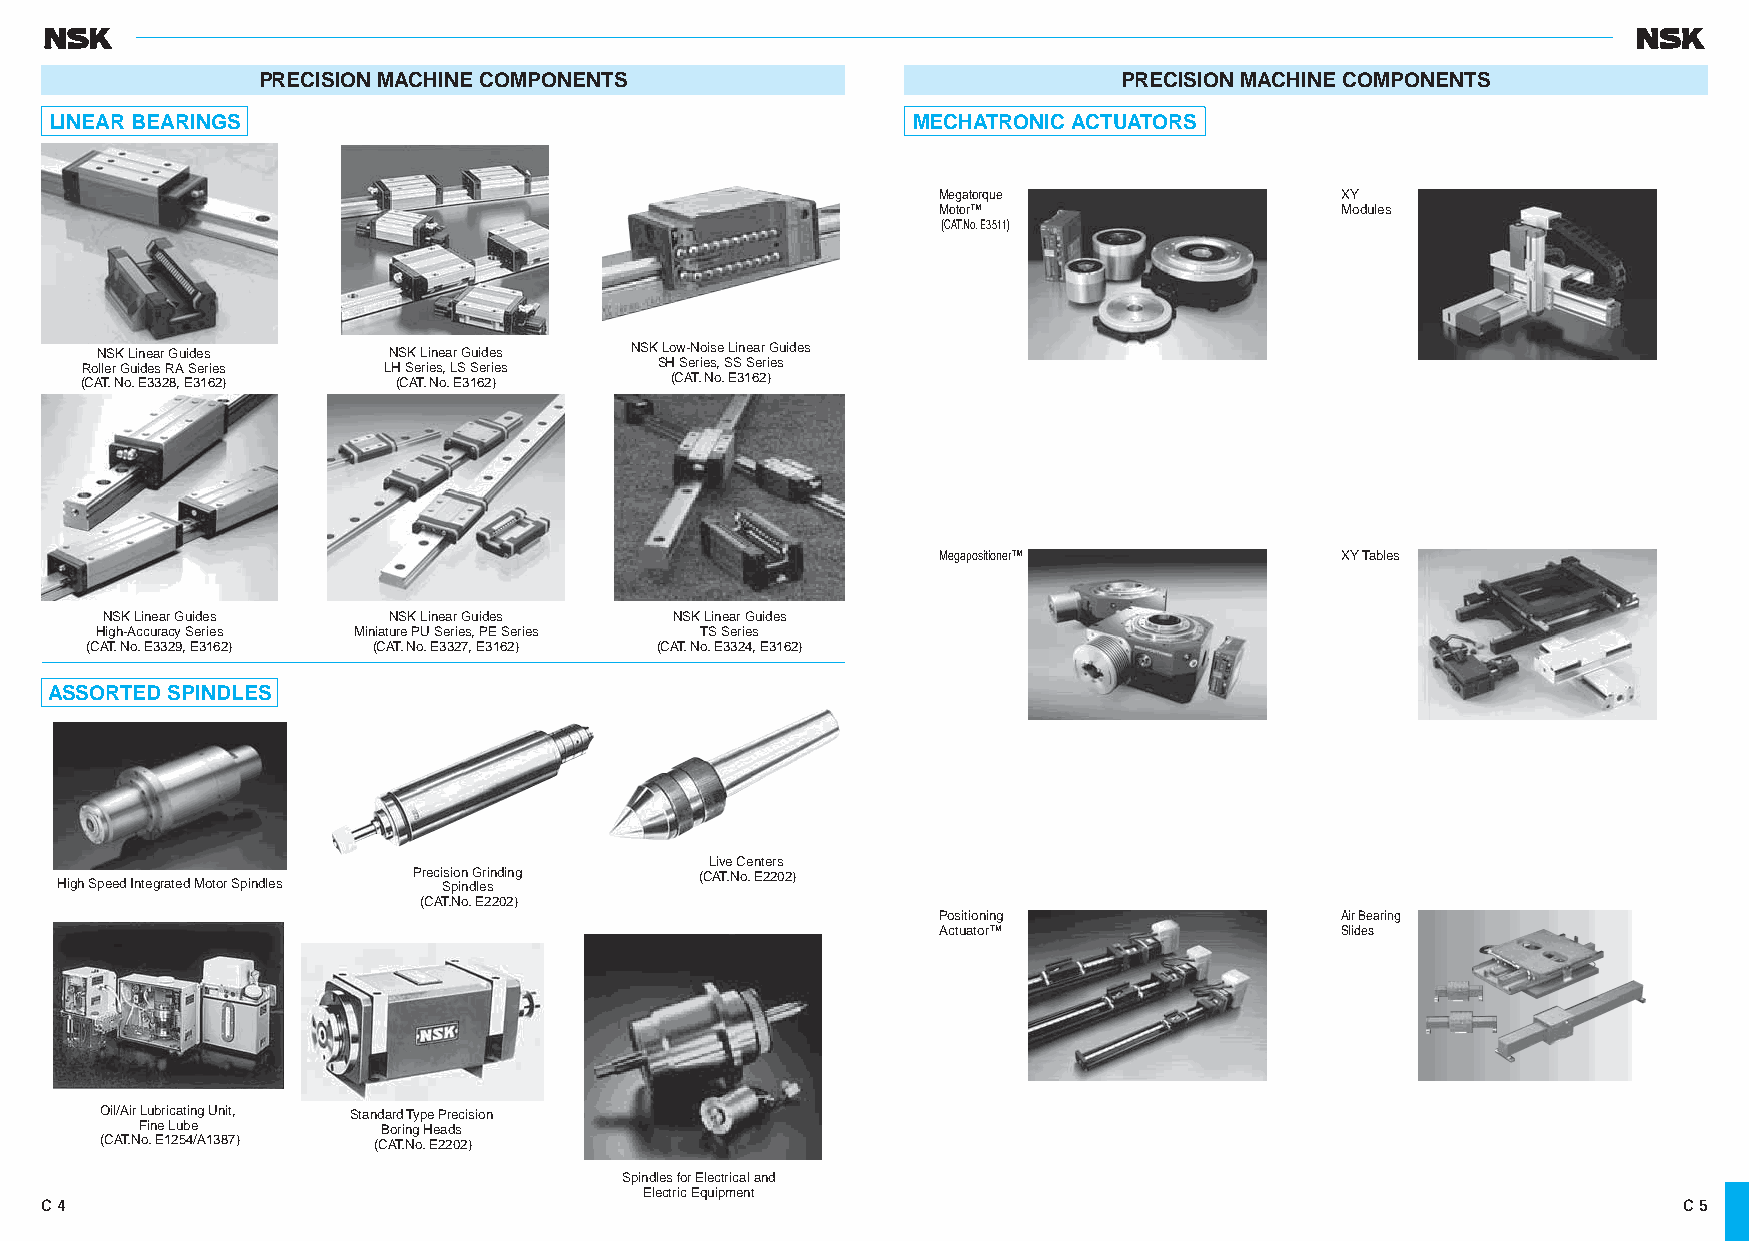
PRECISION MACHINE COMPONENTS                             PRECISION MACHINE COMPONENTS
 LINEAR BEARINGS                                          MECHATRONIC ACTUATORS
 Megatorque                 XY
 Motor™                     Modules
 (CAT.No. E3511)
 NSK Linear Guides   NSK Linear Guides NSK Low-Noise Linear Guides
 Roller Guides RA Series LH Series, LS Series SH Series, SS Series
 (CAT. No. E3328, E3162) (CAT. No. E3162) (CAT. No. E3162)
 Megapositioner™            XY Tables
 NSK Linear Guides  NSK Linear Guides  NSK Linear Guides
 High-Accuracy Series Miniature PU Series, PE Series TS Series
 (CAT. No. E3329, E3162) (CAT. No. E3327, E3162) (CAT. No. E3324, E3162)
 ASSORTED SPINDLES
 Live Centers
 Precision Grinding (CAT.No. E2202)
 High Speed Integrated Motor Spindles Spindles
 (CAT.No. E2202)
 Positioning                Air Bearing
 Actuator™                  Slides
 Oil/Air Lubricating Unit, Standard Type Precision
 Fine Lube       Boring Heads
 (CAT.No. E1254/A1387) (CAT.No. E2202)
 Spindles for Electrical and
 Electric Equipment
 C 4                                                                                                         C 5
 CC000011--003344EE..iinndddd 44--55                                                                      1111//2200//1133 55::0033::4455 PPMM